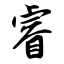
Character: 睿